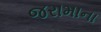
જરામાના